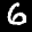
Label: 6